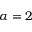
\alpha = 2